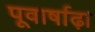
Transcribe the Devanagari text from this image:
पूवार्षाढ़ा